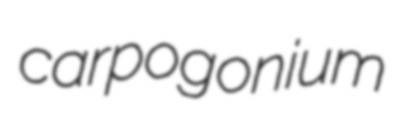
carpogonium